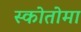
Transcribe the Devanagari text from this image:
स्कोतोमा